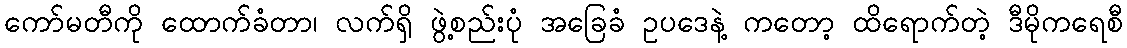
ကော်မတီကို ထောက်ခံတာ၊ လက်ရှိ ဖွဲ့စည်းပုံ အခြေခံ ဥပဒေနဲ့ ကတော့ ထိရောက်တဲ့ ဒီမိုကရေစီ